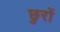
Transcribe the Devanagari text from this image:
छुरों